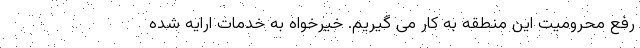
رفع محرومیت این منطقه به کار می گیریم. خیرخواه به خدمات ارایه شده